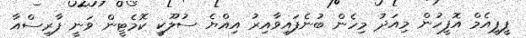
ޕީޕީއެމް އޮފީހުން މިއަދު މިހެން ބުނެފައިވާއިރު އިއްޔެ ސުލޫކީ ކޮމެޓީން ވަނީ ފާރިސްއާ